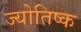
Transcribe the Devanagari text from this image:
ज्योतिष्क